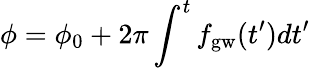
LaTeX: \phi=\phi_{0}+2\pi\int^{t}f_{\mathrm{gw}}(t^{\prime})dt^{\prime}